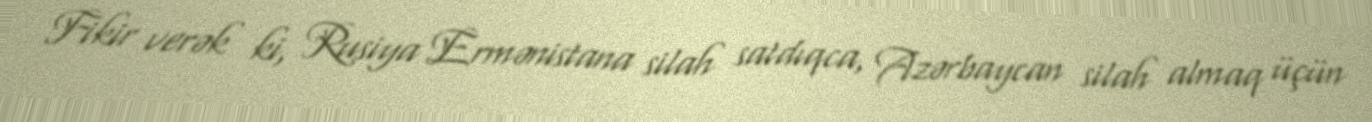
Fikir verək ki, Rusiya Ermənistana silah satdıqca, Azərbaycan silah almaq üçün